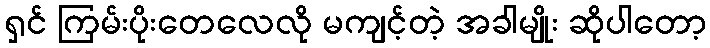
ရှင် ကြမ်းပိုးတေလေလို မကျင့်တဲ့ အခါမျိုး ဆိုပါတော့